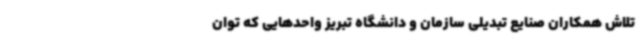
تلاش همکاران صنایع تبدیلی سازمان و دانشگاه تبریز واحدهایی که توان